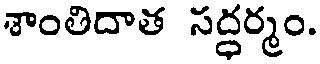
శాంతిదాత సద్ధర్మం.